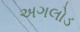
અગલોડ